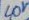
Text: 40V~